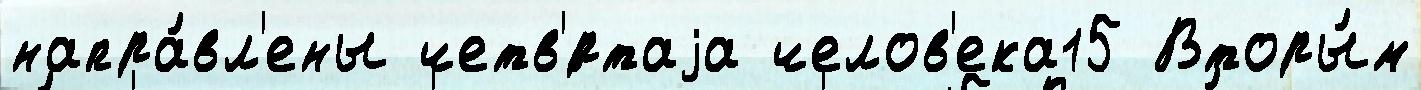
напра́вл'ены четв'́ртаjа челов'ека15 Вторы́м